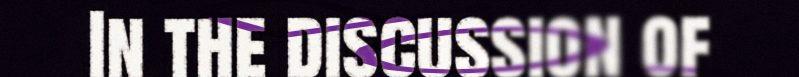
In the discussion of